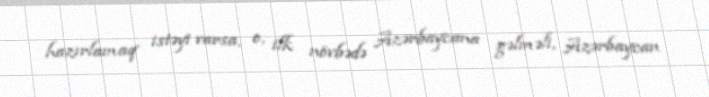
hazırlamaq istəyi varsa, o, ilk növbədə Azərbaycana gəlməli, Azərbaycan